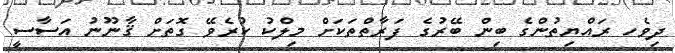
ދިވެހ ރައްޔިތުންގެ ބިން ބޭރުގެ ފަރާތްތަކަށް މިލްކު ކުރެވޭ ގޮތަށް ޤާނޫނު އަސާސީ